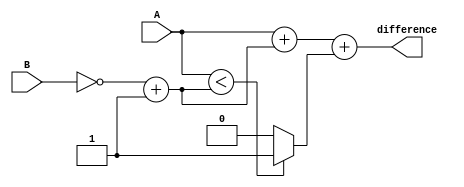
module ripple_carry_subtractor(
    input wire [7:0] A,
    input wire [7:0] B,
    output reg [7:0] difference
);

wire [7:0] B_negated;
assign B_negated = ~B + 1;

reg cout;
reg [7:0] sum;

assign difference = sum;

always @* begin
    sum = A + B_negated + cout;
    
    if (A < B_negated) begin
        cout = 1;
    end else begin
        cout = 0;
    end
end

endmodule